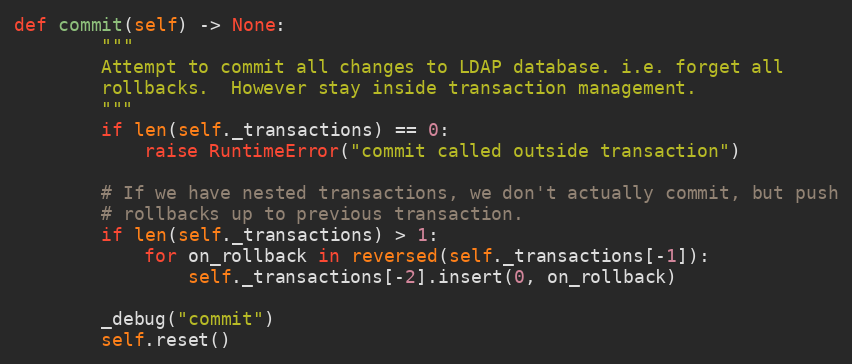
Language: Python
def commit(self) -> None:
        """
        Attempt to commit all changes to LDAP database. i.e. forget all
        rollbacks.  However stay inside transaction management.
        """
        if len(self._transactions) == 0:
            raise RuntimeError("commit called outside transaction")

        # If we have nested transactions, we don't actually commit, but push
        # rollbacks up to previous transaction.
        if len(self._transactions) > 1:
            for on_rollback in reversed(self._transactions[-1]):
                self._transactions[-2].insert(0, on_rollback)

        _debug("commit")
        self.reset()